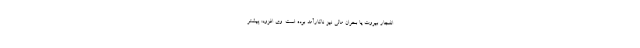
انفجار بیروت یا بحران مالی نیز ناکارآمد بوده است. وی افزود: پیشتر